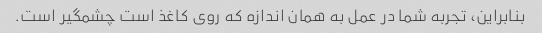
بنابراین، تجربه شما در عمل به همان اندازه که روی کاغذ است چشمگیر است.